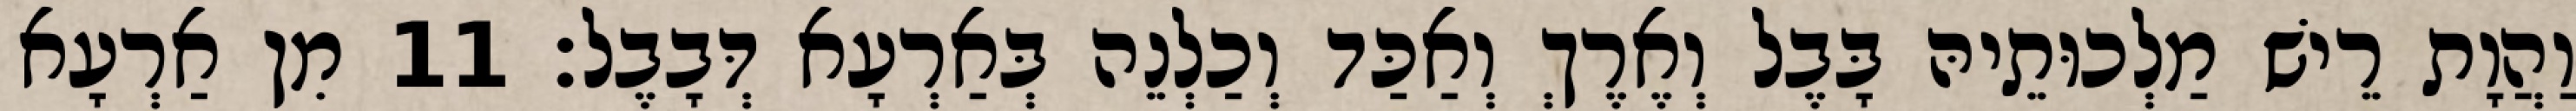
וַהֲוָת רֵישׁ מַלְכוּתֵיהּ בָּבֶל וְאֶרֶךְ וְאַכַּד וְכַלְנֵה בְּאַרְעָא דְּבָבֶל׃ 11 מִן אַרְעָא